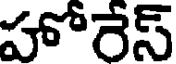
హోరేస్